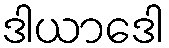
ဒါယာဒေါ